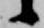
候